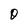
Character: O